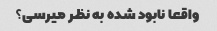
واقعا نابود شده به نظر میرسی؟